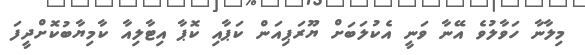
މިލާނާ ހަވާލުވެ އޭނާ ވަނީ އެކުލަބަށް ޔޫރަޕިއަން ކަޕާއި ކޮޕާ އިޓާލިއާ ކާމިޔާބުކޮށްދީފަ